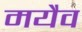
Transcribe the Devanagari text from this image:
मयैव